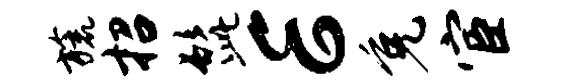
旒招髭E免宦